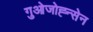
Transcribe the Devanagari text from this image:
गुओजोह्न्सेन